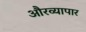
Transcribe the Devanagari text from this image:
औरव्यापार